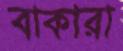
বাকারা